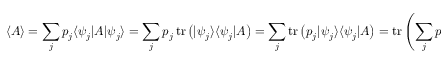
\langle A \rangle = \sum _ { j } p _ { j } \langle \psi _ { j } | A | \psi _ { j } \rangle = \sum _ { j } p _ { j } \operatorname { t r } \left( | \psi _ { j } \rangle \langle \psi _ { j } | A \right) = \sum _ { j } \operatorname { t r } \left( p _ { j } | \psi _ { j } \rangle \langle \psi _ { j } | A \right) = \operatorname { t r } \left( \sum _ { j } p _ { j } | \psi _ { j } \rangle \langle \psi _ { j } | A \right) = \operatorname { t r } ( \rho A ) ,